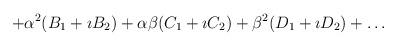
LaTeX: \begin{align*}+ \alpha^2 ( B_1 + \imath B_2) + \alpha\beta (C_1 + \imath C_2) +\beta^2 (D_1 + \imath D_2) + \ldots\end{align*}